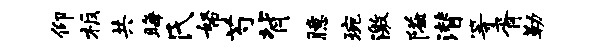
仰板共晦氏帑芍背臆琬激隘潜等胥勒